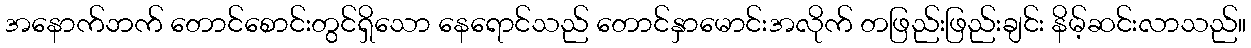
အနောက်ဘက် တောင်စောင်းတွင်ရှိသော နေရောင်သည် တောင်နှာမောင်းအလိုက် တဖြည်းဖြည်းချင်း နိမ့်ဆင်းလာသည်။